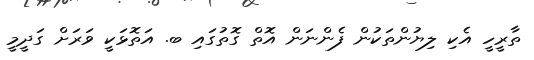
ތާރީހީ އެކި ލިޔުންތަކުން ފެންނަން އޮތް ގޮތުގައި ބ. އަތޮޅަކީ ވަރަށް ގަދީމީ